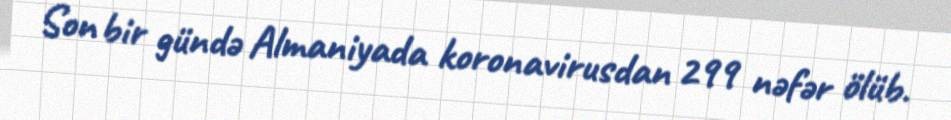
Son bir gündə Almaniyada koronavirusdan 299 nəfər ölüb.